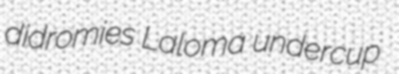
didromies Laloma undercup